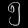
Digit: ၅